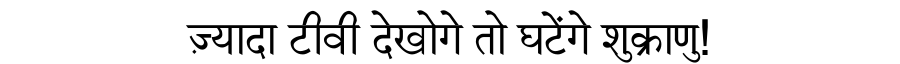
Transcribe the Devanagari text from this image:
ज़्यादा टीवी देखोगे तो घटेंगे शुक्राणु!